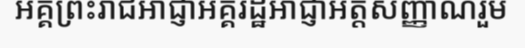
អគ្គព្រះរាជអាជ្ញាអគ្គរដ្ឋអាជ្ញាអត្តសញ្ញាណរួម